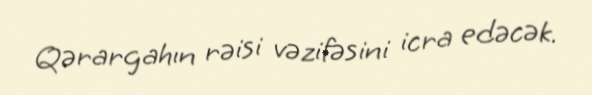
Qərargahın rəisi vəzifəsini icra edəcək.